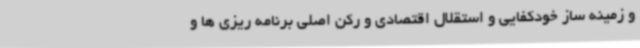
و زمینه ساز خودکفایی و استقلال اقتصادی و رکن اصلی برنامه ریزی ها و